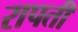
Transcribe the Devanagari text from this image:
रापती